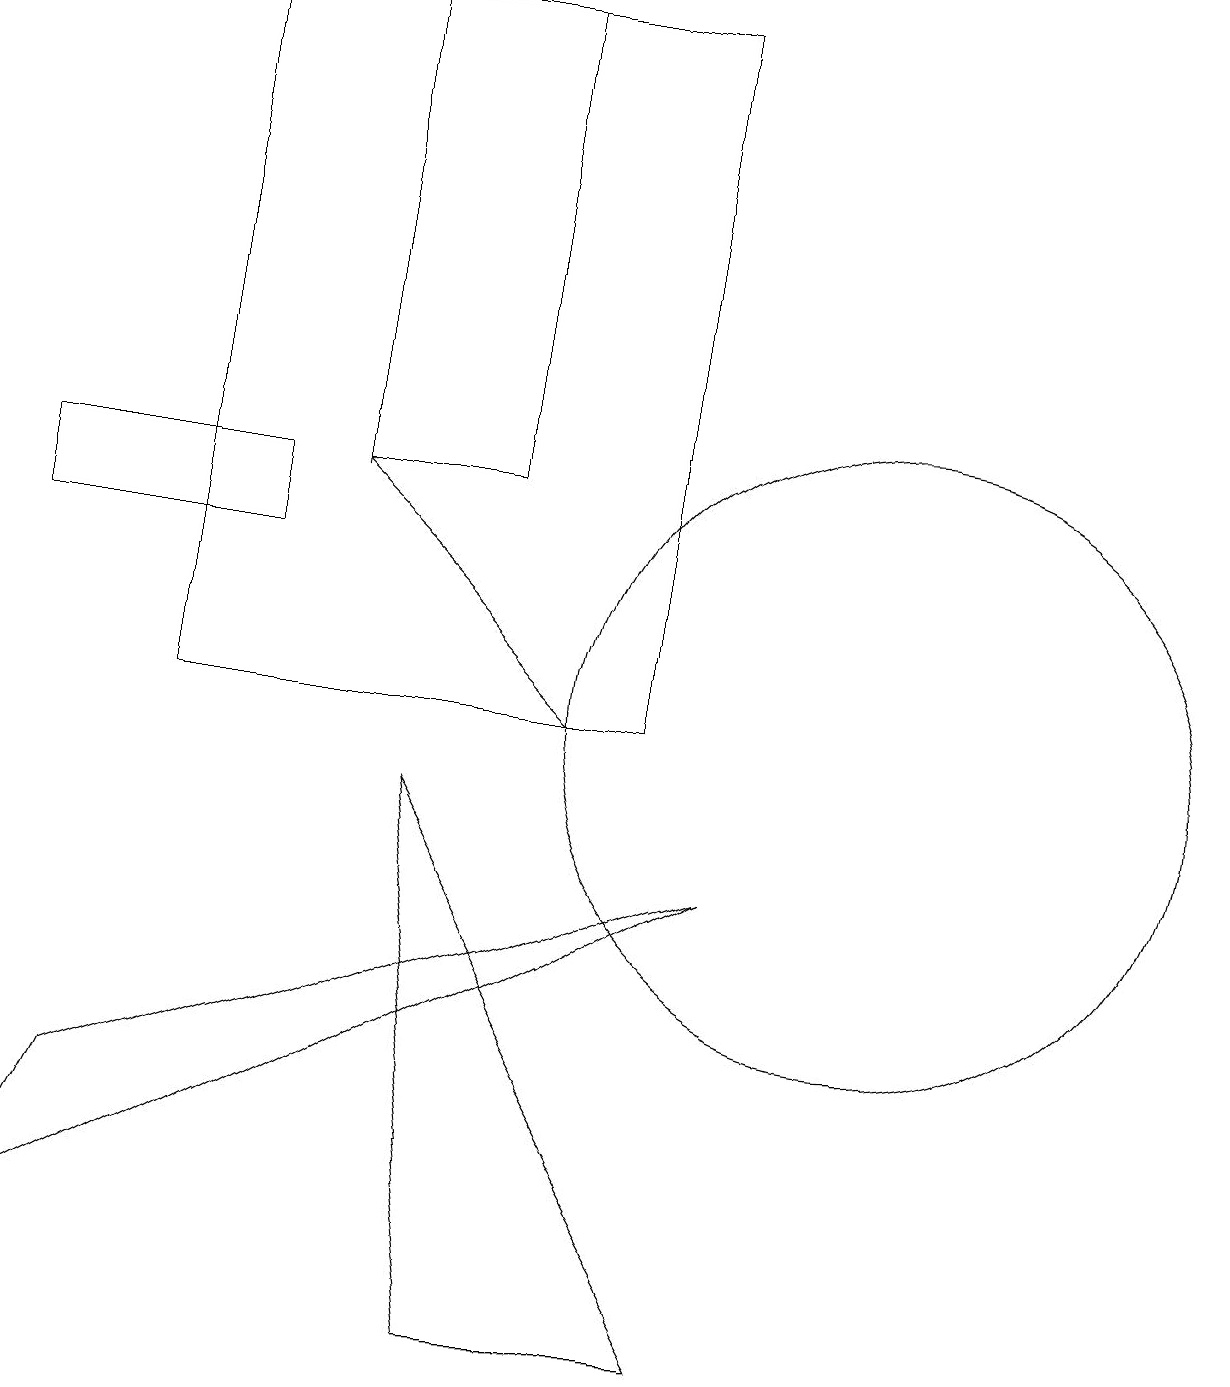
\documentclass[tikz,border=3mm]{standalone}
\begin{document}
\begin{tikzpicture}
\draw (6,13) rectangle (4,19);
\draw (3,12) rectangle (0,13);
\draw (11,10) circle (4);
\draw (9,8) -- (0,3) -- (1,5) -- cycle;
\draw (9,2) -- (5,9) -- (6,2) -- cycle;
\draw (2,10) rectangle (8,19);
\draw[->] (7,10) -- (4,13);
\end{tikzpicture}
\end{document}